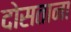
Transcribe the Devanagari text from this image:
दोसताना